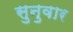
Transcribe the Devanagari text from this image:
सुनुवार